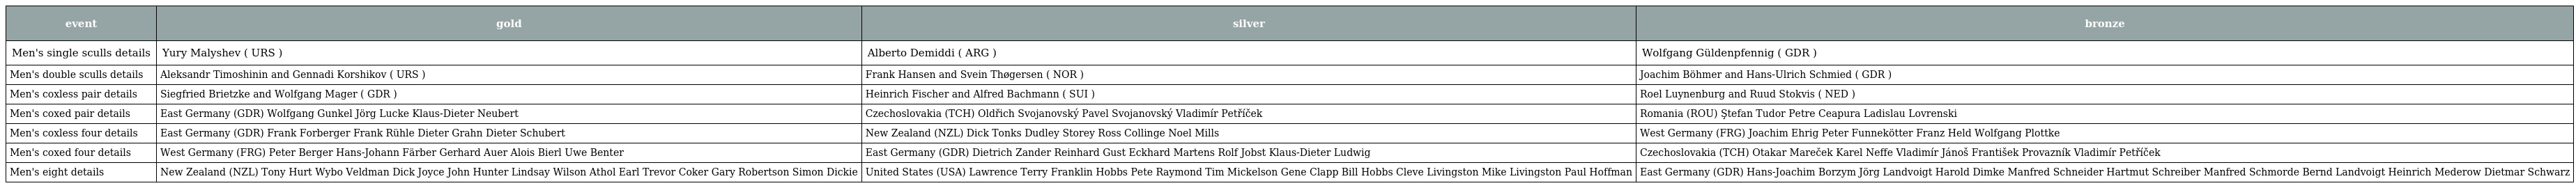
| event | gold | silver | bronze |
 | --- | --- | --- | --- |
 | Men's single sculls details | Yury Malyshev ( URS ) | Alberto Demiddi ( ARG ) | Wolfgang Güldenpfennig ( GDR ) |
 | Men's double sculls details | Aleksandr Timoshinin and Gennadi Korshikov ( URS ) | Frank Hansen and Svein Thøgersen ( NOR ) | Joachim Böhmer and Hans-Ulrich Schmied ( GDR ) |
 | Men's coxless pair details | Siegfried Brietzke and Wolfgang Mager ( GDR ) | Heinrich Fischer and Alfred Bachmann ( SUI ) | Roel Luynenburg and Ruud Stokvis ( NED ) |
 | Men's coxed pair details | East Germany (GDR) Wolfgang Gunkel Jörg Lucke Klaus-Dieter Neubert | Czechoslovakia (TCH) Oldřich Svojanovský Pavel Svojanovský Vladimír Petříček | Romania (ROU) Ştefan Tudor Petre Ceapura Ladislau Lovrenski |
 | Men's coxless four details | East Germany (GDR) Frank Forberger Frank Rühle Dieter Grahn Dieter Schubert | New Zealand (NZL) Dick Tonks Dudley Storey Ross Collinge Noel Mills | West Germany (FRG) Joachim Ehrig Peter Funnekötter Franz Held Wolfgang Plottke |
 | Men's coxed four details | West Germany (FRG) Peter Berger Hans-Johann Färber Gerhard Auer Alois Bierl Uwe Benter | East Germany (GDR) Dietrich Zander Reinhard Gust Eckhard Martens Rolf Jobst Klaus-Dieter Ludwig | Czechoslovakia (TCH) Otakar Mareček Karel Neffe Vladimír Jánoš František Provazník Vladimír Petříček |
 | Men's eight details | New Zealand (NZL) Tony Hurt Wybo Veldman Dick Joyce John Hunter Lindsay Wilson Athol Earl Trevor Coker Gary Robertson Simon Dickie | United States (USA) Lawrence Terry Franklin Hobbs Pete Raymond Tim Mickelson Gene Clapp Bill Hobbs Cleve Livingston Mike Livingston Paul Hoffman | East Germany (GDR) Hans-Joachim Borzym Jörg Landvoigt Harold Dimke Manfred Schneider Hartmut Schreiber Manfred Schmorde Bernd Landvoigt Heinrich Mederow Dietmar Schwarz |